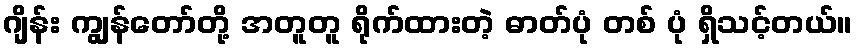
ဂျိန်း ကျွန်တော်တို့ အတူတူ ရိုက်ထားတဲ့ ဓာတ်ပုံ တစ် ပုံ ရှိသင့်တယ်။